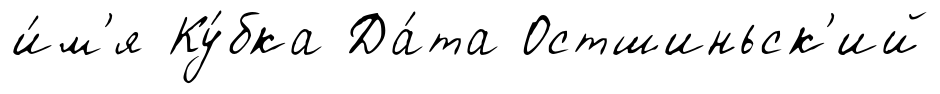
и́м'я Ку́бка Да́та Остшиньск'ий